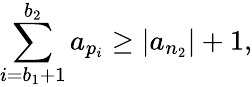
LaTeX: \sum_{i=b_{1}+1}^{b_{2}}a_{p_{i}}\geq|a_{n_{2}}|+1,